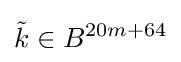
{\tilde {k}}\in B^{20m+64}